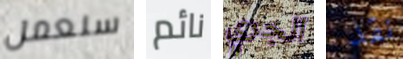
سنعمل نائم الجري نقد